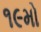
૧૯મો